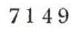
7149